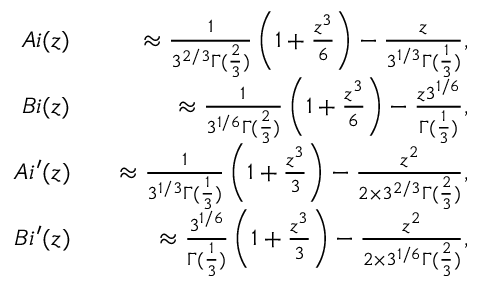
\begin{array} { r l r } { A i ( z ) } & { } & { \approx \frac { 1 } { 3 ^ { 2 / 3 } \Gamma ( \frac { 2 } { 3 } ) } \left( 1 + \frac { z ^ { 3 } } { 6 } \right) - \frac { z } { 3 ^ { 1 / 3 } \Gamma ( \frac { 1 } { 3 } ) } , } \\ { B i ( z ) } & { } & { \approx \frac { 1 } { 3 ^ { 1 / 6 } \Gamma ( \frac { 2 } { 3 } ) } \left( 1 + \frac { z ^ { 3 } } { 6 } \right) - \frac { z 3 ^ { 1 / 6 } } { \Gamma ( \frac { 1 } { 3 } ) } , } \\ { A i ^ { \prime } ( z ) } & { } & { \approx \frac { 1 } { 3 ^ { 1 / 3 } \Gamma ( \frac { 1 } { 3 } ) } \left( 1 + \frac { z ^ { 3 } } { 3 } \right) - \frac { z ^ { 2 } } { 2 \times 3 ^ { 2 / 3 } \Gamma ( \frac { 2 } { 3 } ) } , } \\ { B i ^ { \prime } ( z ) } & { } & { \approx \frac { 3 ^ { 1 / 6 } } { \Gamma ( \frac { 1 } { 3 } ) } \left( 1 + \frac { z ^ { 3 } } { 3 } \right) - \frac { z ^ { 2 } } { 2 \times 3 ^ { 1 / 6 } \Gamma ( \frac { 2 } { 3 } ) } , } \end{array}